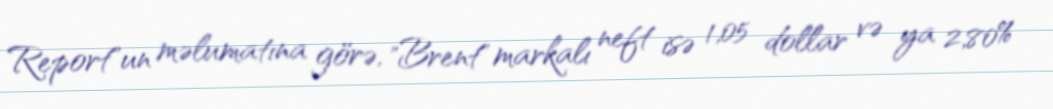
Report"un məlumatına görə, "Brent" markalı neft isə 1,05 dollar və ya 2,80%